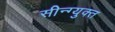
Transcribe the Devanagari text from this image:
सीन्ग्युक्त